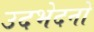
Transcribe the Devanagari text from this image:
उदभेदनो